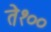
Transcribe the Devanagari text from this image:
ते१००